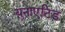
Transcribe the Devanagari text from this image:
युनाएटिड